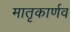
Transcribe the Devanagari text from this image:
मातृकार्णव